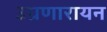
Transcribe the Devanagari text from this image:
उग्रणारायन